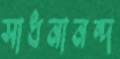
সাধনানন্দ